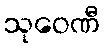
သုဝေဏီ